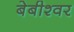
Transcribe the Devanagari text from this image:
बेबीश्वर